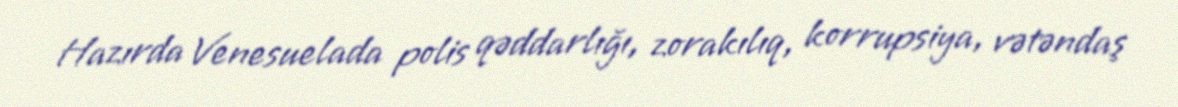
Hazırda Venesuelada polis qəddarlığı, zorakılıq, korrupsiya, vətəndaş